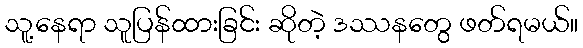
သူ့နေရာ သူပြန်ထားခြင်း ဆိုတဲ့ ဒဿနတွေ ဖတ်ရမယ်။